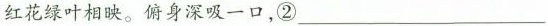
红花绿叶相映。俯身深吸一口，②___